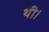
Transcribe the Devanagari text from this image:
थी।